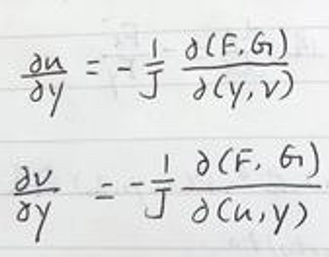
\[
\begin{align*}
\frac{\partial u}{\partial y}&=-\frac{1}{J}\frac{\partial(F,G)}{\partial(y,v)}\\
\frac{\partial v}{\partial y}&=-\frac{1}{J}\frac{\partial(F,G)}{\partial(u,y)}
\end{align*}
\]